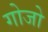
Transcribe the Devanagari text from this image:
गोजो